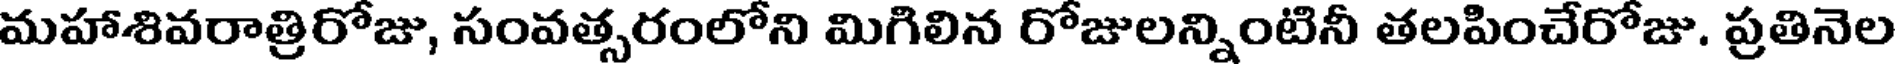
మహాశివరాత్రిరోజు, సంవత్సరంలోని మిగిలిన రోజులన్నింటినీ తలపించేరోజు, ప్రతినెల